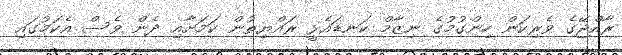
ރާއްޖޭގެ ވެރިކަން ހިންގުމުގެ ނިޒާމް ކަނޑައެޅީ ރައްޔިތުން ކަމަށާއި ދެން ވެސް އެކަމުގައި